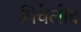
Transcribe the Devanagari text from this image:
मिचेलोब